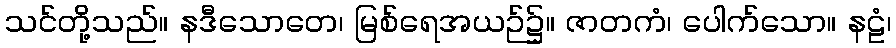
သင်တို့သည်။ နဒီသောတေ၊ မြစ်ရေအယဉ်၌။ ဇာတကံ၊ ပေါက်သော။ နဠံ၊